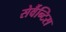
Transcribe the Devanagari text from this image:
सेर्वैन्टिस